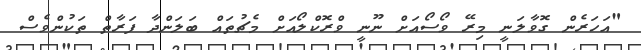
"އަހަރެން ގޮވާލަނީ މިރޭ ވޯސޯއަށް ނޫނީ ވްރޮކްލޯއަށް މެޗުތައް ބަލަންދާ ފަރާތް ތަކުންވެސް